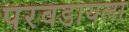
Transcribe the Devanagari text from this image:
परवडायला